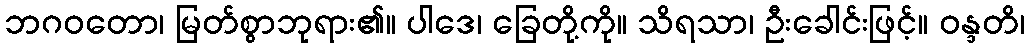
ဘဂဝတော၊ မြတ်စွာဘုရား၏။ ပါဒေ၊ ခြေတို့ကို။ သိရသာ၊ ဦးခေါင်းဖြင့်။ ဝန္ဒတိ၊